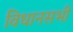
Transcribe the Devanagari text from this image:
विधानसभी